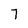
Character: 7